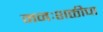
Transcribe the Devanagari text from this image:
मनःशक्तीचा